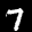
Label: 7